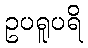
ဥပရူပရိ